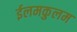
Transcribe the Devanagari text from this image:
ईलमकुलम